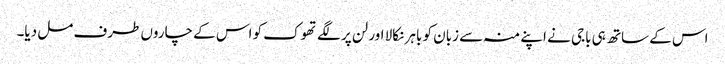
اس کے ساتھ ہی باجی نے اپنے منہ سے زبان کو باہر نکالا اور لن پر لگے تھوک کو اس کے چاروں طرف مل دیا۔